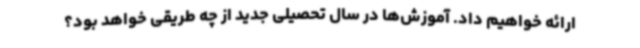
ارائه خواهیم داد. آموزش‌ها در سال تحصیلی جدید از چه طریقی خواهد بود؟